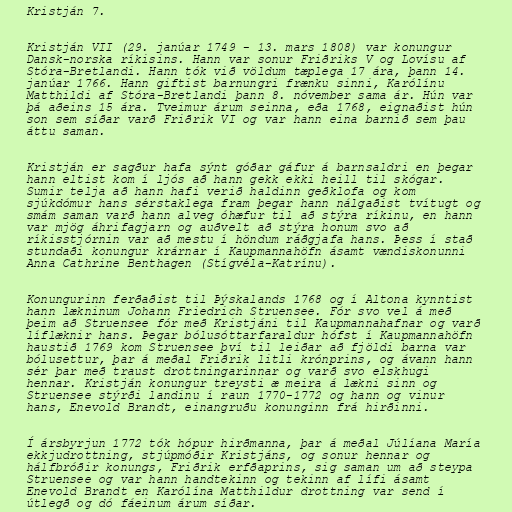
Kristján 7.

Kristján VII (29. janúar 1749 - 13. mars 1808) var konungur
Dansk-norska ríkisins. Hann var sonur Friðriks V og Lovísu af
Stóra-Bretlandi. Hann tók við völdum tæplega 17 ára, þann 14.
janúar 1766. Hann giftist barnungri frænku sinni, Karólínu
Matthildi af Stóra-Bretlandi þann 8. nóvember sama ár. Hún var
þá aðeins 15 ára. Tveimur árum seinna, eða 1768, eignaðist hún
son sem síðar varð Friðrik VI og var hann eina barnið sem þau
áttu saman.

Kristján er sagður hafa sýnt góðar gáfur á barnsaldri en þegar
hann eltist kom í ljós að hann gekk ekki heill til skógar.
Sumir telja að hann hafi verið haldinn geðklofa og kom
sjúkdómur hans sérstaklega fram þegar hann nálgaðist tvítugt og
smám saman varð hann alveg óhæfur til að stýra ríkinu, en hann
var mjög áhrifagjarn og auðvelt að stýra honum svo að
ríkisstjórnin var að mestu í höndum ráðgjafa hans. Þess í stað
stundaði konungur krárnar í Kaupmannahöfn ásamt vændiskonunni
Anna Cathrine Benthagen (Stígvéla-Katrínu).

Konungurinn ferðaðist til Þýskalands 1768 og í Altona kynntist
hann lækninum Johann Friedrich Struensee. Fór svo vel á með
þeim að Struensee fór með Kristjáni til Kaupmannahafnar og varð
líflæknir hans. Þegar bólusóttarfaraldur hófst í Kaupmannahöfn
haustið 1769 kom Struensee því til leiðar að fjöldi barna var
bólusettur, þar á meðal Friðrik litli krónprins, og ávann hann
sér þar með traust drottningarinnar og varð svo elskhugi
hennar. Kristján konungur treysti æ meira á lækni sinn og
Struensee stýrði landinu í raun 1770-1772 og hann og vinur
hans, Enevold Brandt, einangruðu konunginn frá hirðinni.

Í ársbyrjun 1772 tók hópur hirðmanna, þar á meðal Júlíana María
ekkjudrottning, stjúpmóðir Kristjáns, og sonur hennar og
hálfbróðir konungs, Friðrik erfðaprins, sig saman um að steypa
Struensee og var hann handtekinn og tekinn af lífi ásamt
Enevold Brandt en Karólína Matthildur drottning var send í
útlegð og dó fáeinum árum síðar.